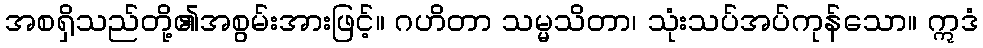
အစရှိသည်တို့၏အစွမ်းအားဖြင့်။ ဂဟိတာ သမ္မသိတာ၊ သုံးသပ်အပ်ကုန်သော။ ဣဒံ